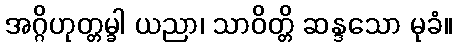
အဂ္ဂိဟုတ္တမ္ခါ ယညာ၊ သာဝိတ္တိ ဆန္ဒသော မုခံ။